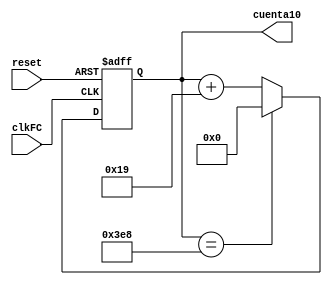
`timescale 1ns / 1ps
//////////////////////////////////////////////////////////////////////////////////
// Company: 
// Engineer: 
// 
// Design Name: 
// Module Name:    ContXbits 
// Project Name: 
// Target Devices: 
// Tool versions: 
// Description: 
//
// Dependencies: 
//
// Revision: 
// Revision 0.01 - File Created
// Additional Comments: 
//
//////////////////////////////////////////////////////////////////////////////////
module ContXbits(
 
    input wire clkFC,
	 input wire reset,
    output wire  [9:0] cuenta10
    );
reg signed [9:0] num;
 
 
   always @(posedge clkFC, posedge reset)
      if (reset)begin
			num <= 10'b0000000000;
		end
		
		else
			begin
			if (num == 10'd1000)begin
				num <= 10'b0000000000;
			end
         else
				num <= num + 10'd 25;
		end 
		
assign cuenta10=num;

endmodule